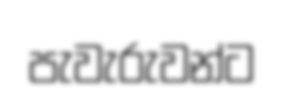
පැවැරුවන්ට